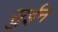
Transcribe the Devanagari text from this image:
सुईन